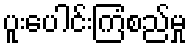
ပူးပေါင်းကြံစည်မှု